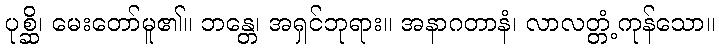
ပုစ္ဆိ၊ မေးတော်မူ၏။ ဘန္တေ၊ အရှင်ဘုရား။ အနာဂတာနံ၊ လာလတ္တံ့ကုန်သော။